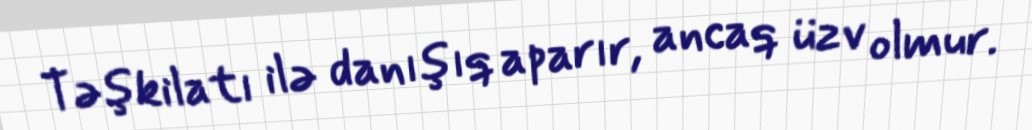
Təşkilatı ilə danışıq aparır, ancaq üzv olmur.